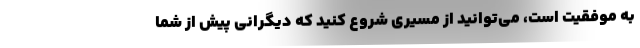
به موفقیت است، می‌توانید از مسیری شروع کنید که دیگرانی پیش از شما